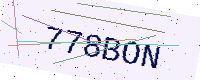
Text: 778BON